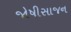
જોષીસાજન